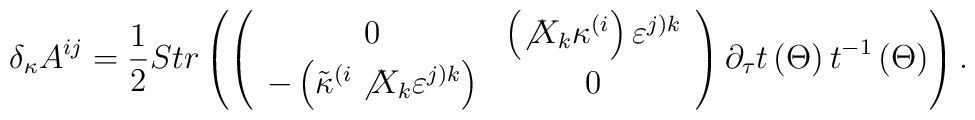
\delta _\kappa A^{ij}=\frac 12Str\left( \left( \begin{array}{cc}0 & \left( \not{X}_k\kappa ^{(i}\right) \varepsilon ^{j)k} \\ -\left( \tilde{\kappa}^{(i}\not{X}_k\varepsilon ^{j)k}\right) & 0\end{array}\right) \partial _\tau t\left( \Theta \right) t^{-1}\left( \Theta \right)\right) .